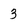
Character: 3